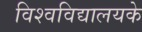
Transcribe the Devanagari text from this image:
विश्वविद्यालयके